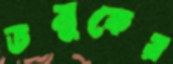
তমুকের